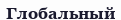
Глобальный